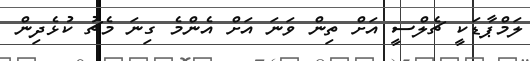
ލަމްޕާޑަކީ ޗެލްސީ އަށް ތިން ވަނަ އަށް އެންމެ ގިނަ މެޗު ކުޅެދިން